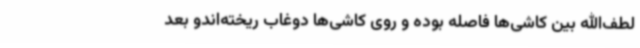
لطف‌الله بین کاشی‌ها فاصله بوده و روی کاشی‌ها دوغاب ریخته‌اندو بعد